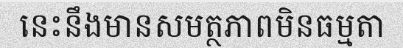
នេះនឹងមានសមត្ថភាពមិនធម្មតា